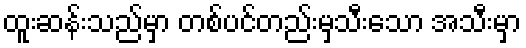
ထူးဆန်းသည်မှာ တစ်ပင်တည်းမှသီးသော အသီးမှာ